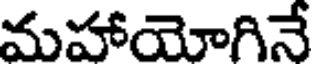
మహాయోగినే